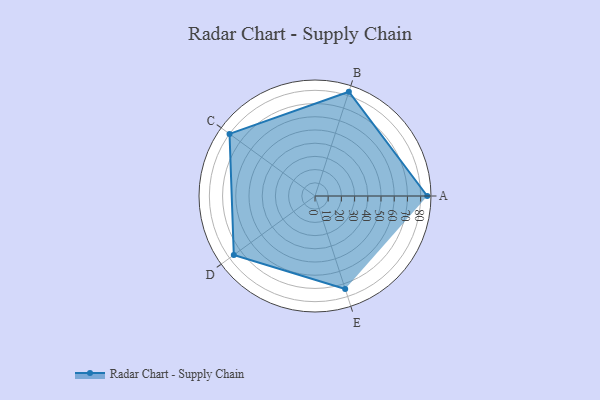
{"axis": {"x": "Skill", "y": "Score"}, "legend": ["Profile"], "data": [{"x": "A", "y": 85.0, "type": "Profile"}, {"x": "B", "y": 83.0, "type": "Profile"}, {"x": "C", "y": 80.0, "type": "Profile"}, {"x": "D", "y": 76.0, "type": "Profile"}, {"x": "E", "y": 74.0, "type": "Profile"}]}